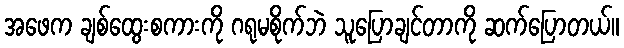
အဖေက ချစ်ထွေးစကားကို ဂရုမစိုက်ဘဲ သူပြောချင်တာကို ဆက်ပြောတယ်။